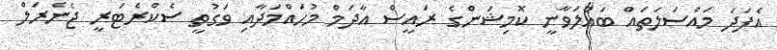
އެފަދަ މައްސަލަތައް ބައްލަވާނީ ކޮމިޝަންގެ ރައީސް އާދަމް މުހައްމަދާއި ވަގުތީ ސެކްރެޓަރީ ޖެނެރަލް